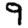
Digit: 9